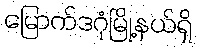
မြောက်ဒဂုံမြို့နယ်ရှိ